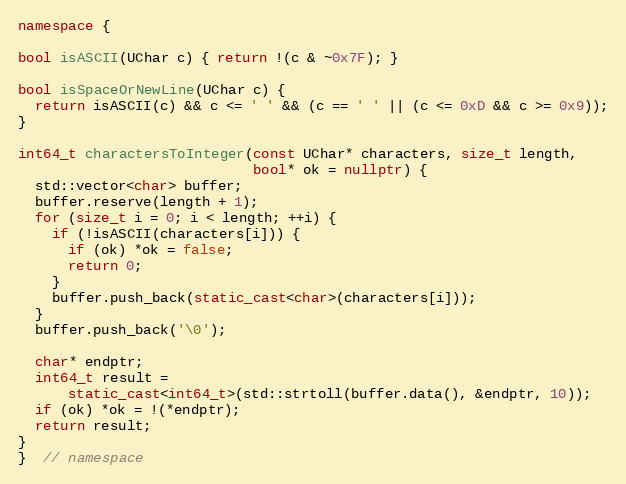
Language: C++
namespace {

bool isASCII(UChar c) { return !(c & ~0x7F); }

bool isSpaceOrNewLine(UChar c) {
  return isASCII(c) && c <= ' ' && (c == ' ' || (c <= 0xD && c >= 0x9));
}

int64_t charactersToInteger(const UChar* characters, size_t length,
                            bool* ok = nullptr) {
  std::vector<char> buffer;
  buffer.reserve(length + 1);
  for (size_t i = 0; i < length; ++i) {
    if (!isASCII(characters[i])) {
      if (ok) *ok = false;
      return 0;
    }
    buffer.push_back(static_cast<char>(characters[i]));
  }
  buffer.push_back('\0');

  char* endptr;
  int64_t result =
      static_cast<int64_t>(std::strtoll(buffer.data(), &endptr, 10));
  if (ok) *ok = !(*endptr);
  return result;
}
}  // namespace